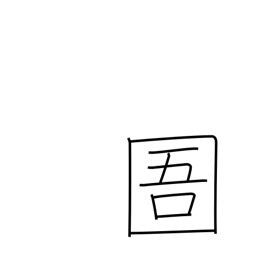
Meaning: prison